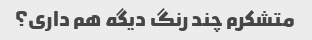
متشکرم چند رنگ دیگه هم داری؟